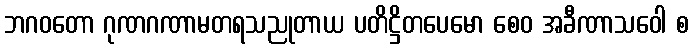
ဘဂဝတော ဂုဏဂဏာမတရသညုတာယ ပတိဋ္ဌိတပေမော စေဝ အခီဏာသဝေါ စ